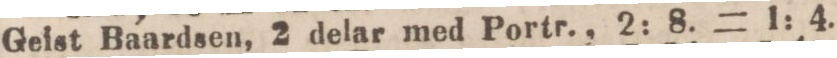
Geist Baardsen, 2 delar med Portr., 2: 8. = 1: 4.